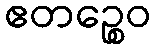
ဧတဉ္စေဝ